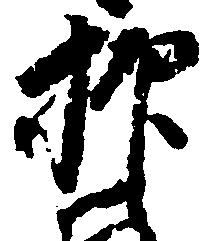
抑